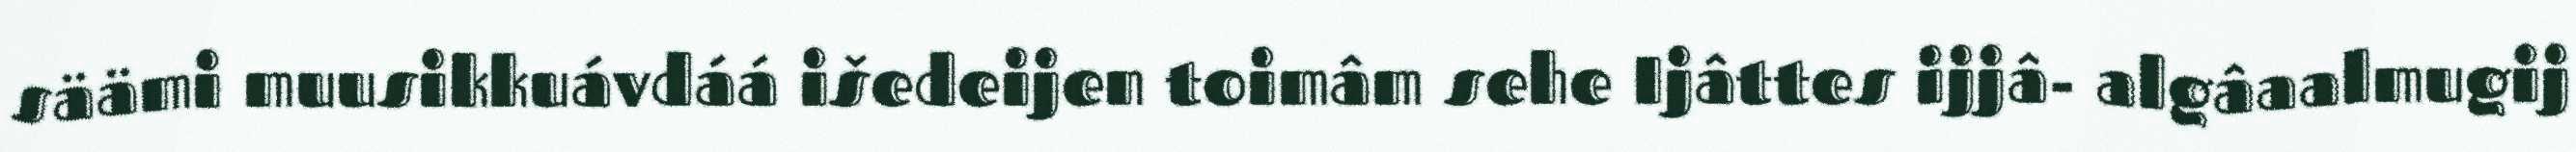
säämi muusikkuávdáá išedeijen toimâm sehe Ijâttes ijjâ- algâaalmugij